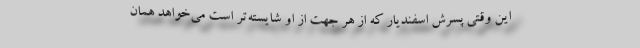
این وقتی پسرش اسفندیار که از هر جهت از او شایسته‌تر است می‌خواهد همان